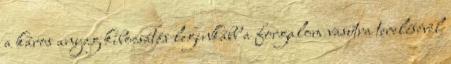
a káros anyag kibocsátás leginkább a forgalom vasútra terelésével